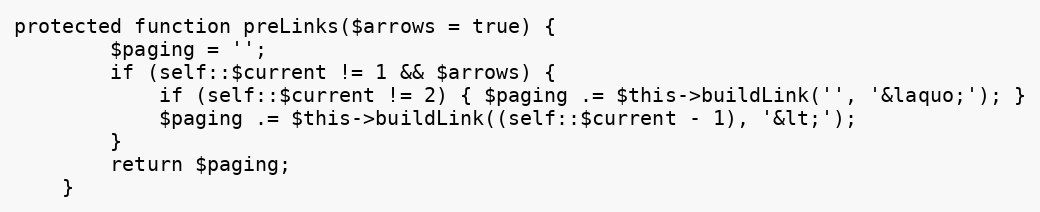
Language: PHP
protected function preLinks($arrows = true) {
        $paging = '';
        if (self::$current != 1 && $arrows) {
            if (self::$current != 2) { $paging .= $this->buildLink('', '&laquo;'); }
            $paging .= $this->buildLink((self::$current - 1), '&lt;');
        }
        return $paging;
    }